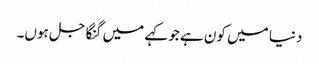
دنیا میں کون ہے جو کہے میں گنگا جل ہوں۔